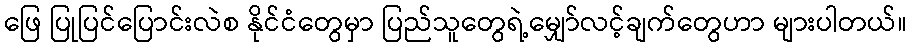
ဖြေ ပြုပြင်ပြောင်းလဲစ နိုင်ငံတွေမှာ ပြည်သူတွေရဲ့မျှော်လင့်ချက်တွေဟာ များပါတယ်။